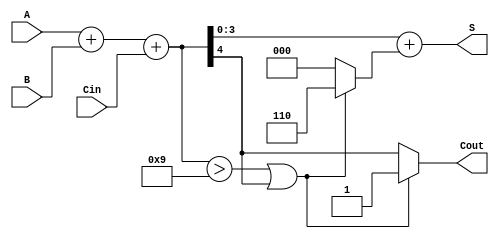
module BCD_Fast_Adder (
    input  [3:0] A,      // First BCD digit
    input  [3:0] B,      // Second BCD digit
    input        Cin,     // Carry-in
    output [3:0] S,      // BCD Sum
    output       Cout     // Carry-out
);

    wire [4:0] sum;      // 5-bit sum to accommodate carry
    wire correction;      // Correction signal

    // Step 1: Binary Addition
    assign sum = A + B + Cin;

    // Step 2: Check for BCD correction
    assign correction = (sum > 9) || (sum[4] == 1);

    // Step 3: Correction Logic
    assign S = sum + (correction ? 5'd6 : 5'd0); // Add 6 if correction is needed

    // Step 4: Calculate Carry-out
    assign Cout = correction ? 1'b1 : sum[4]; // Carry-out is set if correction is needed or if the 5th bit is set

endmodule